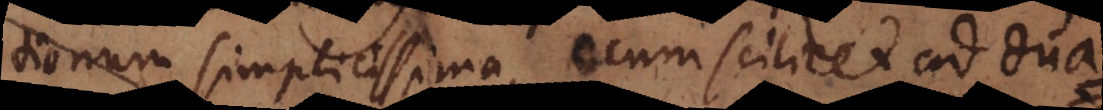
tionum simplicissima, cum scilicet ad dua